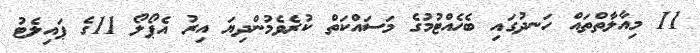
11 މިއާލާތްތައް ހަނދުގައި ބެހެއްޓުމުގެ މަސައްކަތް ކުރެވެމުންދިޔަ އިރު އެޕޯލޯ 11ގެ ޕައިލެޓު